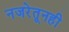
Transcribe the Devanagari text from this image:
नजरेतूनही